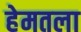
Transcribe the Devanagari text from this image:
हेमतला